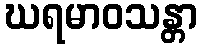
ဃရမာဝသန္တာ